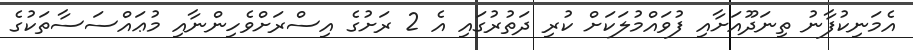
އެމަނިކުފާނު ތިނަދޫއަށާއި ފުވައްމުލަކަށް ކުރި ދަތުރުގައި އެ 2 ރަށުގެ އިސްރަށްވެހިންނާއި މުޢައްސަސާތަކުގެ